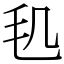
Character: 𣬠